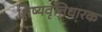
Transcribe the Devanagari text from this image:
शिष्यवृत्तिधारक